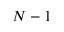
N - 1